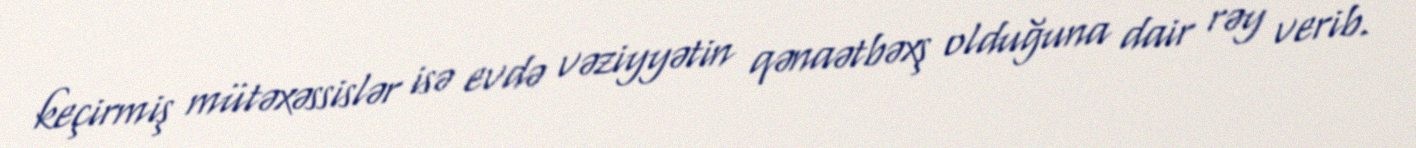
keçirmiş mütəxəssislər isə evdə vəziyyətin qənaətbəxş olduğuna dair rəy verib.